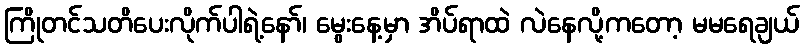
ကြိုတင်သတိပေးလိုက်ပါရဲ့နော်၊ မွေးနေ့မှာ အိပ်ရာထဲ လဲနေလို့ကတော့ မမရေချယ်